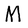
Character: M